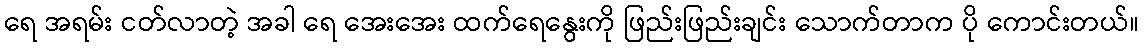
ရေ အရမ်း ငတ်လာတဲ့ အခါ ရေ အေးအေး ထက်ရေနွေးကို ဖြည်းဖြည်းချင်း သောက်တာက ပို ကောင်းတယ်။